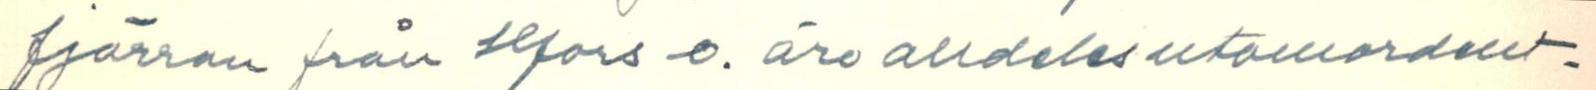
fjärran från Hfors o. äre alldeles utomordent-